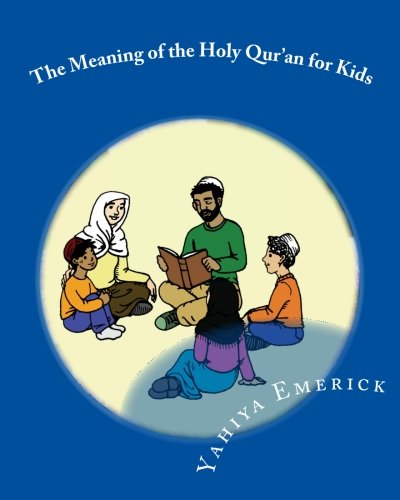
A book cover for The Meaning of the Holy Qur'an for Kids: A Textbook for School Children - Juz 'Amma (Reading for Comprehension: Textbooks for Today and Tomorrow: Islamic Arts); Yahiya Emerick; Religion & Spirituality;